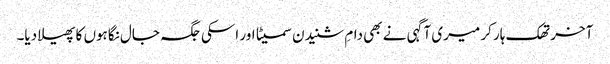
آخر تھک ہار کر میری آگہی نے بھی دامِ شنیدن سمیٹا اور اسکی جگہ جال نگاہوں کا پھیلا دیا۔